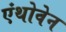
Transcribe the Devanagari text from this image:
एंथोवेन